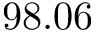
9 8 . 0 6